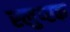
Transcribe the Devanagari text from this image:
स्लुप्स्क